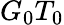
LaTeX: G_{0}T_{0}